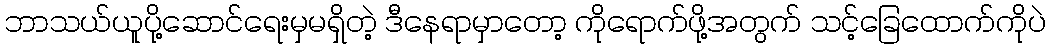
ဘာသယ်ယူပို့ဆောင်ရေးမှမရှိတဲ့ ဒီနေရာမှာတော့ ကိုရောက်ဖို့အတွက် သင့်ခြေထောက်ကိုပဲ